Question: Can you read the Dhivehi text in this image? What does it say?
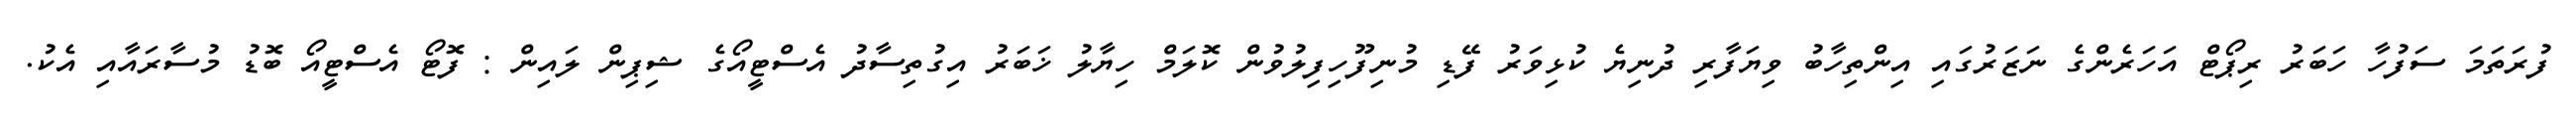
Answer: ފުރަތަމަ ސަފުހާ ހަބަރު ރިޕޯޓް އަހަރެންގެ ނަޒަރުގައި އިންތިހާބު ވިޔަފާރި ދުނިޔެ ކުޅިވަރު ފޭޑި މުނިފޫހިފިލުވުން ކޮލަމް ހިޔާލު ޚަބަރު އިގުތިސާދު އެސްޓީއޯގެ ޝިޕިން ލައިން : ފޮޓޯ އެސްޓީއޯ ބޮޑު މުސާރައާއި އެކު.